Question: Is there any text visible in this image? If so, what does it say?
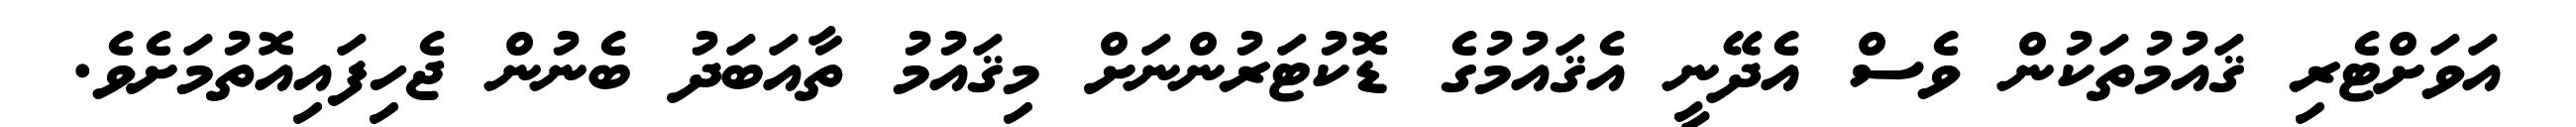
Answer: އަވަށްޓެރި ޤައުމުތަކުން ވެސް އެދޭނީ އެޤައުމުގެ ޑޮކުޓަރުންނަށް މިޤައުމު ތާއަބަދު ބެނުން ޖެހިފައިއޮތުމަށެވެ.